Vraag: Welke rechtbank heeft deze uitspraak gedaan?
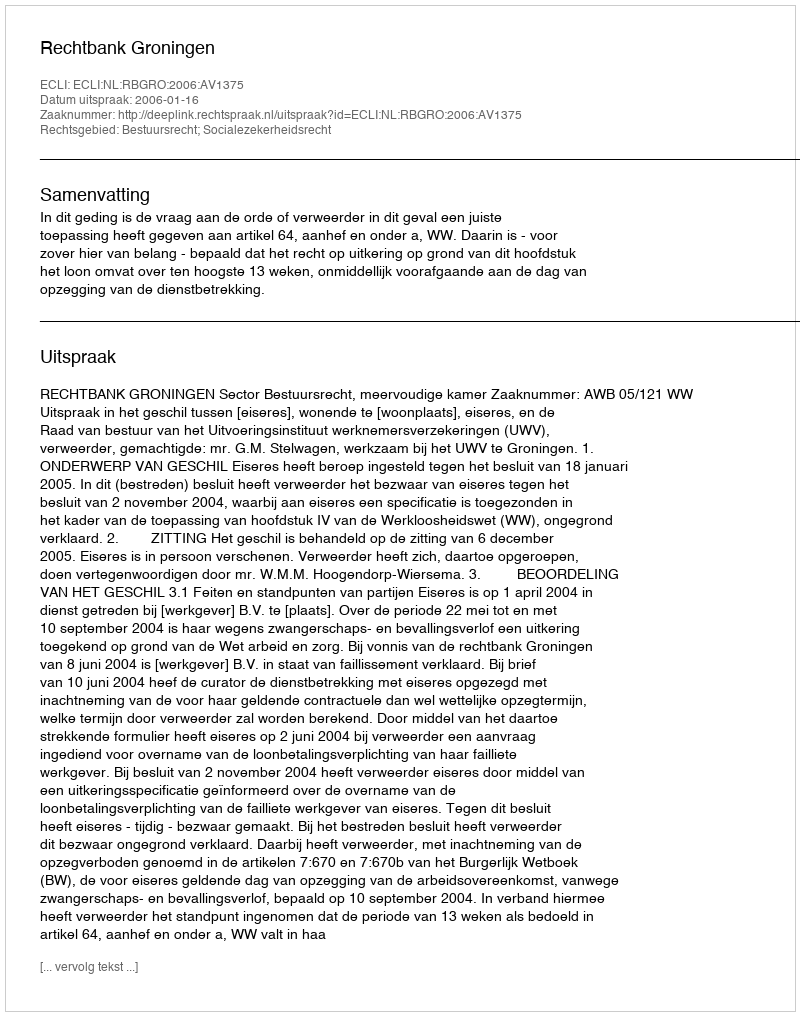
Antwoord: Rechtbank Groningen